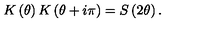
K \left( \theta \right) K \left( \theta + i \pi \right) = S \left( 2 \theta \right) .